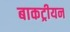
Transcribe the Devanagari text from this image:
बाकट्रीयन